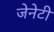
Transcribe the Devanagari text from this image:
जेनेटी